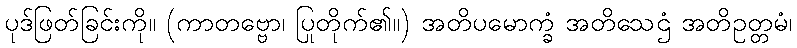
ပုဒ်ဖြတ်ခြင်းကို။ (ကာတဗ္ဗော၊ ပြုတိုက်၏။) အတိပမောက္ခံ အတိသေဌံ အတိဥတ္တမံ၊